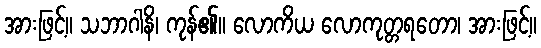
အားဖြင့်။ သဘာဂါနိ၊ ကုန်၏။ လောကိယ လောကုတ္တရတော၊ အားဖြင့်။